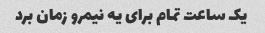
یک ساعت تمام برای یه نیمرو زمان برد